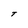
Character: t